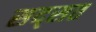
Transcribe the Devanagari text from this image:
सद्सत